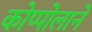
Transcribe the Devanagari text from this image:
कोप्पोलाने